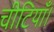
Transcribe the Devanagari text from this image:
चीटियाँ।